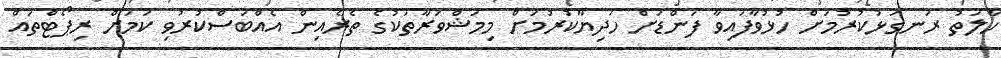
ހާލަތު ރަނގަޅުކުރުމަށް ހުޅުވާފައިވާ ފަންޑަށް ހަދިޔާކުރުމަށް މިމަޝްވަރާތަކުގެ ތެރެއިން އެއްބަސްކުރުވި ކަމަށް ރިޕޯޓްތައް